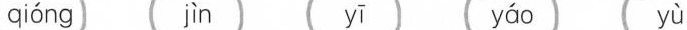
qióng jìn yī yáo yù